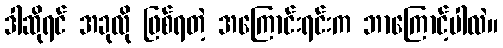
ဒါဆိုရင် အခုလို ဖြစ်ရတဲ့ အကြောင်းရင်းက ဘာကြောင့်ပါလဲ။